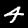
Digit: 4